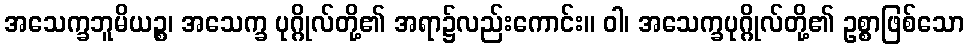
အသေက္ခဘူမိယဉ္စ၊ အသေက္ခ ပုဂ္ဂိုလ်တို့၏ အရာ၌လည်းကောင်း။ ဝါ၊ အသေက္ခပုဂ္ဂိုလ်တို့၏ ဥစ္စာဖြစ်သော